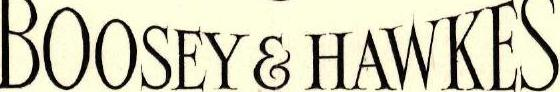
BOOSEY&HAWKES